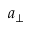
a _ { \perp }